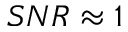
S N R \approx 1